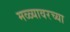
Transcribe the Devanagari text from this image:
मळ्यावरच्या